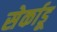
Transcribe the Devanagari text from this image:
सेर्काडू